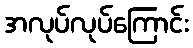
အလုပ်လုပ်ကြောင်း